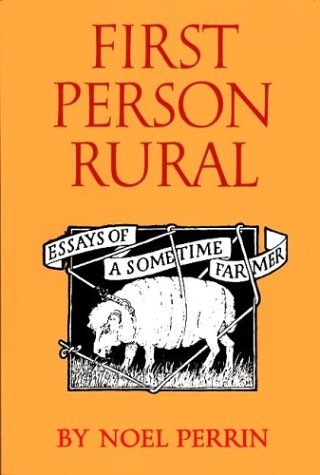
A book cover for First Person Rural: Essays of a Sometime Farmer; Noel Perrin; Humor & Entertainment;